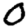
Digit: 0